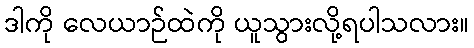
ဒါကို လေယာဉ်ထဲကို ယူသွားလို့ရပါသလား။